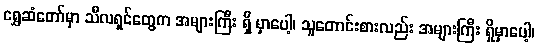
ရွှေဆံတော်မှာ သီလရှင်တွေက အများကြီး ရှိ မှာပေါ့၊ သူတောင်းစားလည်း အများကြီး ရှိမှာပေါ့၊